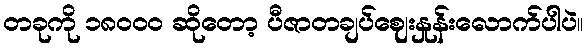
တခုကို ၁၈၀၀၀ ဆိုတော့ ပီဇာတချပ်ဈေးနှုန်းလောက်ပါပဲ။